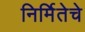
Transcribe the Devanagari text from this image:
निर्मितेचे